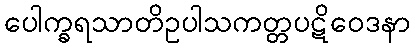
ပေါက္ခရသာတိဥပါသကတ္တပဋိဝေဒနာ